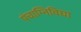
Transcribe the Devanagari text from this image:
पंचाग्निविद्या